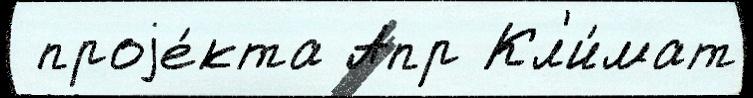
 проjе́кта Апр Кл'и́мат